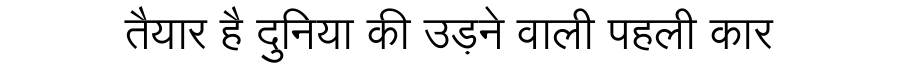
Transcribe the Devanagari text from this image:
तैयार है दुनिया की उड़ने वाली पहली कार